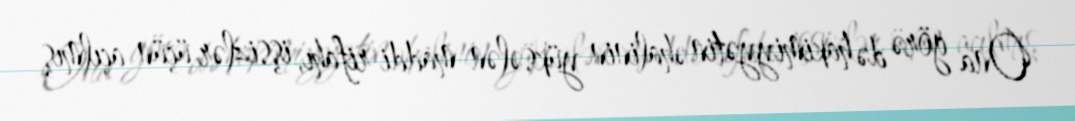
Ona görə də hakimiyyətin əhalinin yüksələn maddi rifahı, işsizlər üçün açılmış